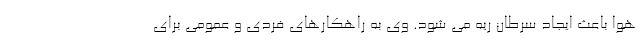
هوا باعث ایجاد سرطان ریه می شود. وی به راهکارهای فردی و عمومی برای